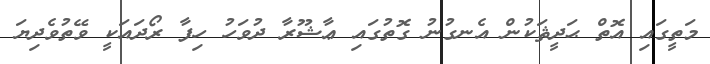
މަތީގައި އޮތް ޙަދީޘަކުން އެނގުނު ގޮތުގައި ޢާޝޫރާ ދުވަހު ހިފާ ރޯދައަކީ ވޭތުވެދިޔަ